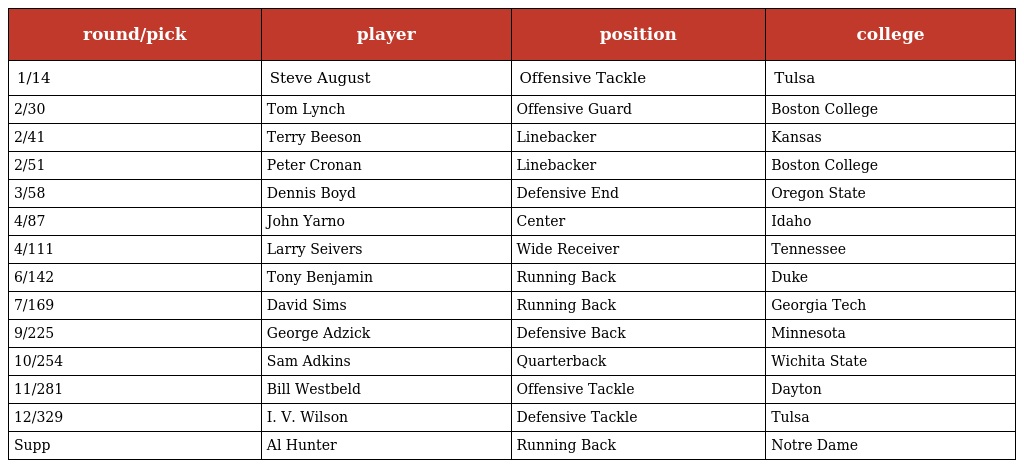
| round/pick | player | position | college |
 | --- | --- | --- | --- |
 | 1/14 | Steve August | Offensive Tackle | Tulsa |
 | 2/30 | Tom Lynch | Offensive Guard | Boston College |
 | 2/41 | Terry Beeson | Linebacker | Kansas |
 | 2/51 | Peter Cronan | Linebacker | Boston College |
 | 3/58 | Dennis Boyd | Defensive End | Oregon State |
 | 4/87 | John Yarno | Center | Idaho |
 | 4/111 | Larry Seivers | Wide Receiver | Tennessee |
 | 6/142 | Tony Benjamin | Running Back | Duke |
 | 7/169 | David Sims | Running Back | Georgia Tech |
 | 9/225 | George Adzick | Defensive Back | Minnesota |
 | 10/254 | Sam Adkins | Quarterback | Wichita State |
 | 11/281 | Bill Westbeld | Offensive Tackle | Dayton |
 | 12/329 | I. V. Wilson | Defensive Tackle | Tulsa |
 | Supp | Al Hunter | Running Back | Notre Dame |